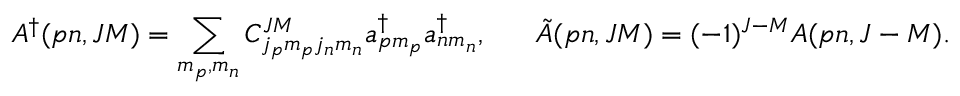
A ^ { \dagger } ( p n , J M ) = \sum _ { m _ { p } , m _ { n } } ^ { } C _ { j _ { p } m _ { p } j _ { n } m _ { n } } ^ { J M } a _ { p m _ { p } } ^ { \dagger } a _ { n m _ { n } } ^ { \dagger } , ~ ~ ~ ~ ~ \tilde { A } ( p n , J M ) = ( - 1 ) ^ { J - M } { A } ( p n , J - M ) .